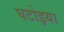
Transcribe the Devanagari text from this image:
घटोइया